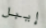
إيبل